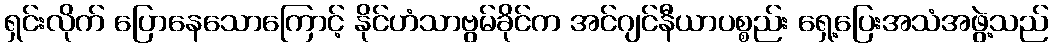
ရှင်းလိုက် ပြောနေသောကြောင့် နိုင်ဟံသာဗွမ်ခိုင်က အင်ဂျင်နီယာပစ္စည်း ရှေ့ပြေးအသံအဖွဲ့သည်